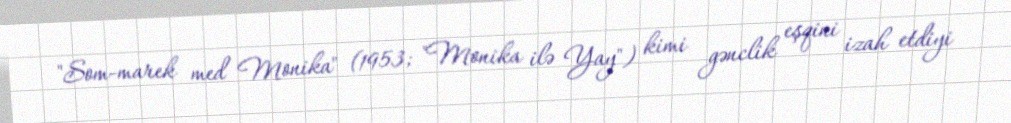
"Som-marek med Monika" (1953; "Monika ilə Yay") kimi gənclik eşqini izah etdiyi